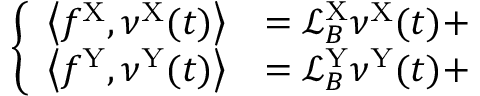
\left\{ \begin{array} { l l } { \left\langle f ^ { \mathrm { X } } , \nu ^ { \mathrm { X } } ( t ) \right\rangle } & { = \mathcal { L } _ { B } ^ { \mathrm { X } } \nu ^ { \mathrm { X } } ( t ) + } \\ { \left\langle f ^ { \mathrm { Y } } , \nu ^ { \mathrm { Y } } ( t ) \right\rangle } & { = \mathcal { L } _ { B } ^ { \mathrm { Y } } \nu ^ { \mathrm { Y } } ( t ) + } \end{array} \right.